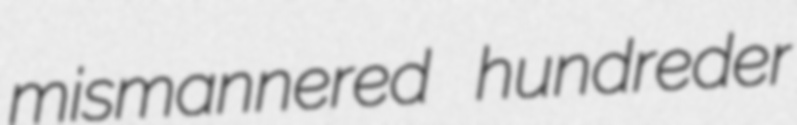
mismannered hundreder